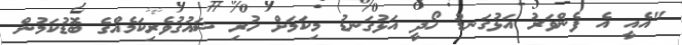
"އެއީ އެ ފެންވަރު އަޅުގަނޑު ހޯދީ އަޅުގަނޑު މިކަމަށް ހުރި ޝައުގުވެރިކަމެއްގެ ބޮޑުކަމުން